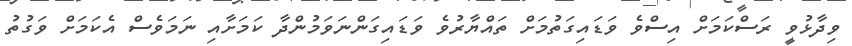
ވިދާޅުވީ ރަސްކަމަށް އިސްވެ ވަޑައިގަތުމަށް ތައްޔާރުވެ ވަޑައިގަންނަވަމުންދާ ކަމަށާއި ނަމަވެސް އެކަމަށް ވަގުތު